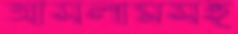
আসলামসহ